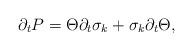
LaTeX: \begin{align*}\partial_{t}P=\Theta \partial_{t}\sigma_{k}+\sigma_{k}\partial_{t}\Theta,\end{align*}